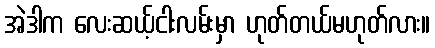
အဲဒါက လေးဆယ့်ငါးလမ်းမှာ ဟုတ်တယ်မဟုတ်လား။